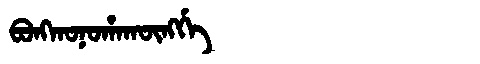
Manchu: ᠪᠣᠩᡴᠣᠨᠣᡥᠠᡴᡡᠩᡤᡝ
Romanization: BONGKONOHAKŪNGGE